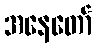
အနေတော်